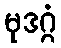
မုဒဂ္ဂံ